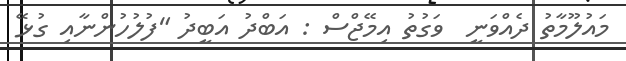
މައުލޫމާތު ދެއްވަނީ  ވަގުތު އިމޭޖްސް : އަބްދު އަބީދު "ފުލުހުންނާއި ގުޅޭ